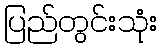
ပြည်တွင်းသုံး